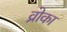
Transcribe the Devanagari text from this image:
व्रोका